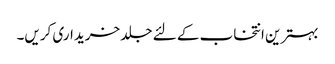
بہترین انتخاب کے لئے جلد خریداری کریں۔